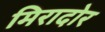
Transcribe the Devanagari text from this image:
मिरादोर